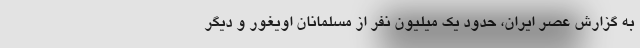
به گزارش عصر ایران، حدود یک میلیون نفر از مسلمانان اویغور و دیگر